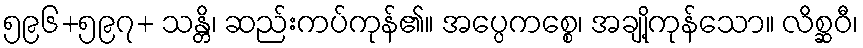
၅၉၆+၅၉၇+ သန္တိ၊ ဆည်းကပ်ကုန်၏။ အပ္ပေကစ္စေ၊ အချို့ကုန်သော။ လိစ္ဆဝီ၊